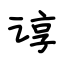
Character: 谆